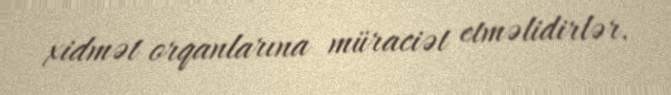
xidmət orqanlarına müraciət etməlidirlər.